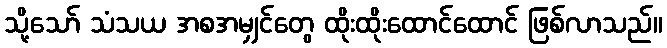
သို့သော် သံသယ အစအမျှင်တွေ ထိုးထိုးထောင်ထောင် ဖြစ်လာသည်။